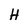
Character: H